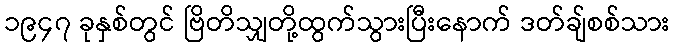
၁၉၄၇ ခုနှစ်တွင် ဗြိတိသျှတို့ထွက်သွားပြီးနောက် ဒတ်ချ်စစ်သား